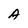
Character: A